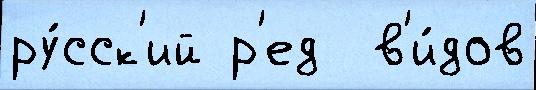
ру́сск'ий р'ед  в'и́дов